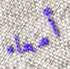
أمعاء